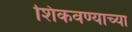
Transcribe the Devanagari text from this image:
शिकवण्याच्या